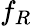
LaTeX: f_{R}